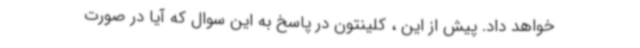
خواهد داد. پیش از این ، کلینتون در پاسخ به این سوال که آیا در صورت